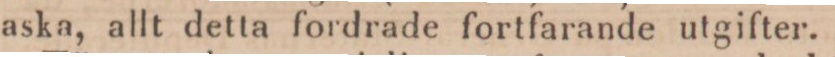
aska, allt detta fordrade fortfarande utgifter.